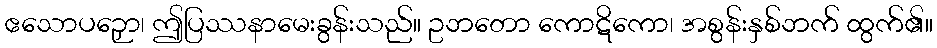
ဧသောပဉှော၊ ဤပြဿနာမေးခွန်းသည်။ ဥဘတော ကောဋိကော၊ အစွန်းနှစ်ဘက် ထွက်၏။